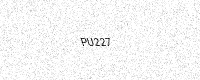
Text: PU227